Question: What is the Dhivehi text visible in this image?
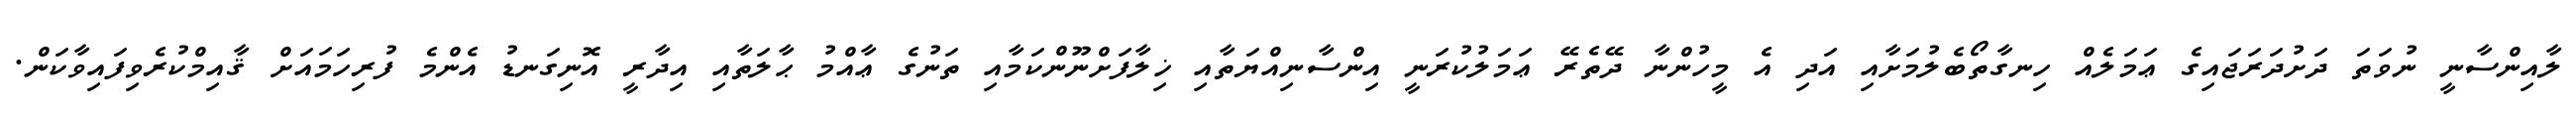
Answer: ލާއިންސާނީ ނުވަތަ ދަށުދަރަޖައިގެ ޢަމަލެއް ހިނގާތޯބެލުމަށާއި އަދި އެ މީހުންނާ ދޭތެރޭ ޢަމަލުކުރަނީ އިންސާނިއްޔަތާއި ޚިލާފަށްނޫންކަމާއި ތަނުގެ ޢާއްމު ޙާލަތާއި އިދާރީ އޮނިގަނޑު އެންމެ ފުރިހަމައަށް ޤާއިމްކުރެވިފައިވާކަން.